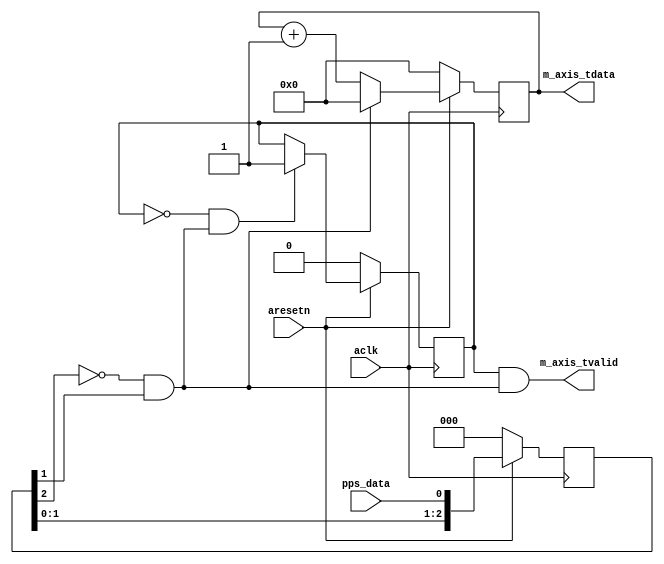
module axis_pps_counter #
(
  parameter integer AXIS_TDATA_WIDTH = 32,
  parameter integer CNTR_WIDTH = 32
)
(
  // System signals
  input  wire                        aclk,
  input  wire                        aresetn,

  input wire                         pps_data,

  // Master side
  output wire [AXIS_TDATA_WIDTH-1:0] m_axis_tdata,
  output wire                        m_axis_tvalid
);

  reg [CNTR_WIDTH-1:0] int_cntr_reg, int_cntr_next;
  reg int_enbl_reg, int_enbl_next;
  reg [2:0] int_data_reg;

  wire int_edge_wire;

  always @(posedge aclk)
  begin
    if(~aresetn)
    begin
      int_cntr_reg <= {(CNTR_WIDTH){1'b0}};
      int_enbl_reg <= 1'b0;
      int_data_reg <= 3'd0;
    end
    else
    begin
      int_cntr_reg <= int_cntr_next;
      int_enbl_reg <= int_enbl_next;
      int_data_reg <= {int_data_reg[1:0], pps_data};
    end
  end

  assign int_edge_wire = ~int_data_reg[2] & int_data_reg[1];

  always @*
  begin
    int_cntr_next = int_cntr_reg + 1'b1;
    int_enbl_next = int_enbl_reg;

    if(~int_enbl_reg & int_edge_wire)
    begin
      int_enbl_next = 1'b1;
    end

    if(int_edge_wire)
    begin
      int_cntr_next = {(CNTR_WIDTH){1'b0}};
    end
  end

  assign m_axis_tdata = {{(AXIS_TDATA_WIDTH-CNTR_WIDTH){1'b0}}, int_cntr_reg};
  assign m_axis_tvalid = int_enbl_reg & int_edge_wire;

endmodule